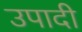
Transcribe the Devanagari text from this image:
उपादी